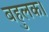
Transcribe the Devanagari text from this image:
बहुलक।